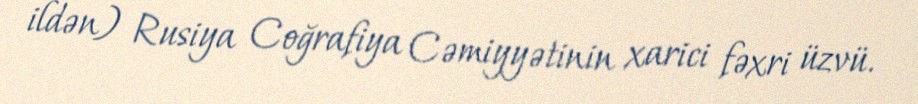
ildən) Rusiya Coğrafiya Cəmiyyətinin xarici fəxri üzvü.